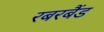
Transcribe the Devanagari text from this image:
रबरबैंड